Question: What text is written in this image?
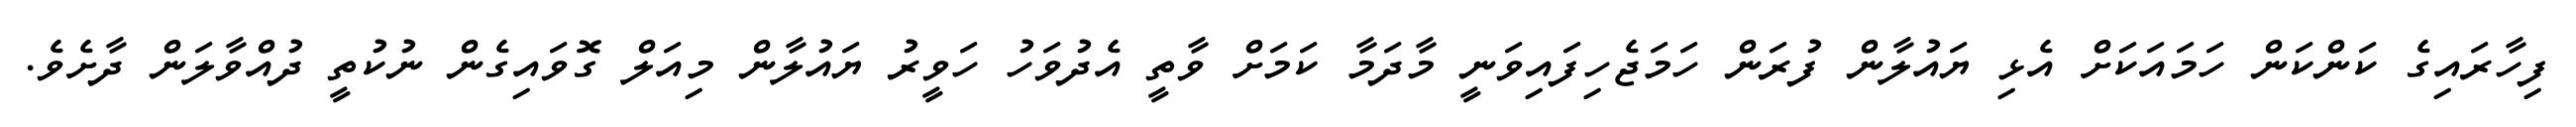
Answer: ފިހާރައިގެ ކަންކަން ހަމައަކަށް އެޅި ޔައުލާން ފުރަން ހަމަޖެހިފައިވަނީ މާދަމާ ކަމަށް ވާތީ އެދުވަހު ހަވީރު ޔައުލާން މިއަލް ގޮވައިގެން ނުކުތީ ދުއްވާލަން ދާށެވެ.